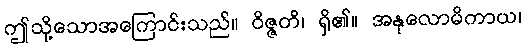
ဤသို့သောအကြောင်းသည်။ ဝိဇ္ဇတိ၊ ရှိ၏။ အနုလောမိကာယ၊